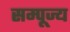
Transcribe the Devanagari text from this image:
सम्पूज्य